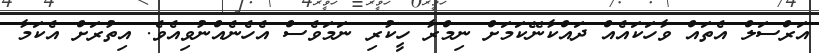
އަރްސަލް އެތައް ވާހަކައެއް ދައްކާނޭކަމަށް ނިމްރާ ހީކުރި ނަމަވެސް އެހެނެއްނުވިއެވެ. އިތުރަށް އެކަމާ